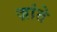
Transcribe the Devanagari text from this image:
ज़ांते